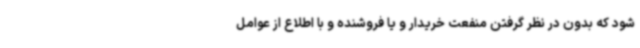
شود که بدون در نظر گرفتن منفعت خریدار و یا فروشنده و با اطلاع از عوامل